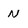
Character: N